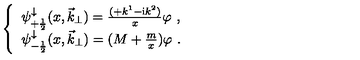
\left\{ \begin{array} { l } { \psi _ { + \frac { 1 } { 2 } } ^ { \downarrow } ( x , { \vec { k } } _ { \perp } ) = \frac { ( + k ^ { 1 } - { \mathrm i } k ^ { 2 } ) } { x } \varphi \ , } \\ { \psi _ { - \frac { 1 } { 2 } } ^ { \downarrow } ( x , { \vec { k } } _ { \perp } ) = ( M + \frac { m } { x } ) \varphi \ . } \\ \end{array} \right.